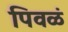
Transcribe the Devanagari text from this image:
पिवळं